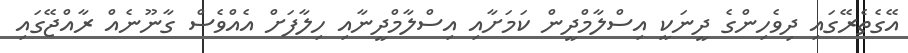
އޭގެތެރޭގައި ދިވެހިންގެ ދީނަކީ އިސްލާމްދީން ކަމަށާއި އިސްލާމްދީނާއި ހިލާފަށް އެއްވެސް ގާނޫނެއް ރާއްޖޭގައި